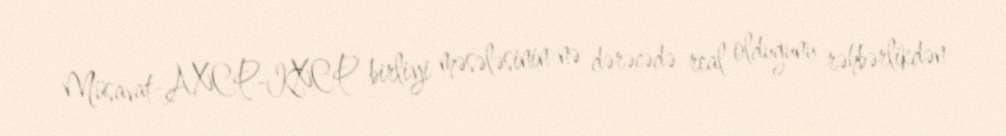
Müsavat-AXCP-KXCP birliyi məsələsinin nə dərəcədə real olduğunu rəhbərlikdən